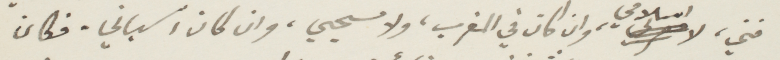
فني لا اسلامي، وان كان في المغرب، ولا مسيحي، وان كان اسباني. فكان